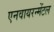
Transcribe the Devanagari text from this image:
एनवायरन्मेंटल